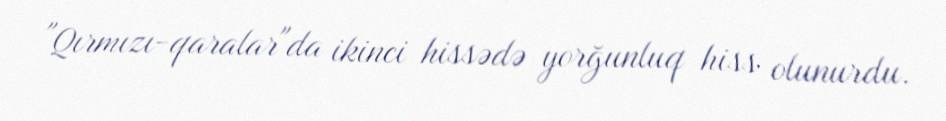
"Qırmızı-qaralar"da ikinci hissədə yorğunluq hiss olunurdu.